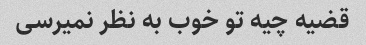
قضیه چیه تو خوب به نظر نمیرسی